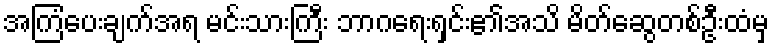
အကြံပေးချက်အရ မင်းသားကြီး ဘာဂရေးရှင်း၏အသိ မိတ်ဆွေတစ်ဦးထံမှ